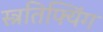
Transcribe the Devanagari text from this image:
स्त्रतिफ्यिंग